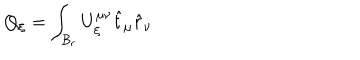
LaTeX: Q _ { \xi } = \int _ { { \cal { B } } _ { r } } U _ { \xi } ^ { \mu \nu } \hat { t } _ { \mu } \hat { r } _ { \nu }